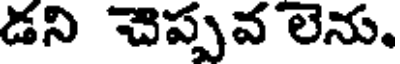
డని చెప్పవ లెను.